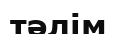
тәлім